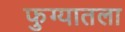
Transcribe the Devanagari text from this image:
फुग्यातला